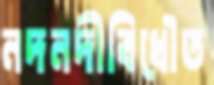
নদনদীবিধৌত